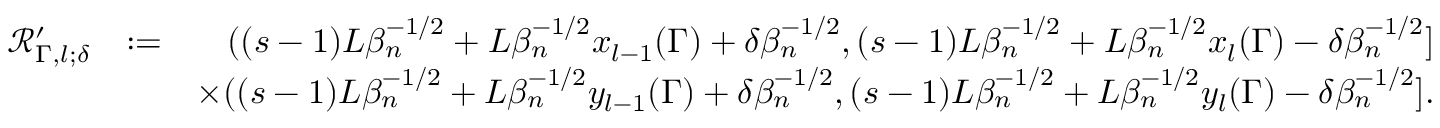
\begin{array} { r l r } { \mathscr { R } _ { \Gamma , l ; \delta } ^ { \prime } } & { : = } & { ( ( s - 1 ) L \beta _ { n } ^ { - 1 \slash 2 } + L \beta _ { n } ^ { - 1 \slash 2 } x _ { l - 1 } ( \Gamma ) + \delta \beta _ { n } ^ { - 1 \slash 2 } , ( s - 1 ) L \beta _ { n } ^ { - 1 \slash 2 } + L \beta _ { n } ^ { - 1 \slash 2 } x _ { l } ( \Gamma ) - \delta \beta _ { n } ^ { - 1 \slash 2 } ] } \\ & { } & { \times ( ( s - 1 ) L \beta _ { n } ^ { - 1 \slash 2 } + L \beta _ { n } ^ { - 1 \slash 2 } y _ { l - 1 } ( \Gamma ) + \delta \beta _ { n } ^ { - 1 \slash 2 } , ( s - 1 ) L \beta _ { n } ^ { - 1 \slash 2 } + L \beta _ { n } ^ { - 1 \slash 2 } y _ { l } ( \Gamma ) - \delta \beta _ { n } ^ { - 1 \slash 2 } ] . } \end{array}